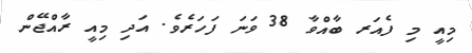
މިއީ މި ފެއަރ ބާއްވާ 38 ވަނަ ފަހަރެވެ. އަދި މިއީ ރާއްޖޭން